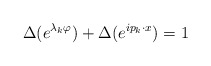
\begin{align*}\Delta(e^{\lambda_{k}\varphi}) + \Delta(e^{ip_{k} \cdot x}) = 1\end{align*}